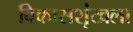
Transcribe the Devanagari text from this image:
विकासशृंखला